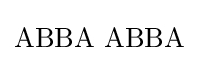
\mathrm {ABBA\,\,ABBA}